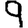
Digit: 9